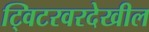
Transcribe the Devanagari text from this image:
ट्विटरवरदेखील